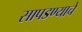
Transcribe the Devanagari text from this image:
सापडण्याचे